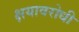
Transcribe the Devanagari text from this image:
क्षयावरोधी